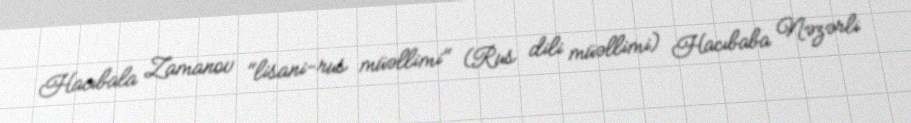
Hacıbala Zamanov "lisani-rus müəllimi" (Rus dili müəllimi) Hacıbaba Nəzərli